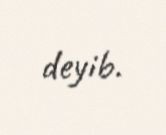
deyib.